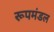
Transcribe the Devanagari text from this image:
रूपमंडल